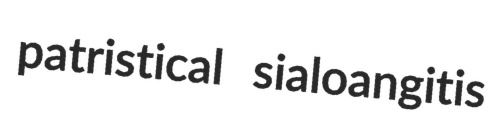
patristical sialoangitis